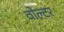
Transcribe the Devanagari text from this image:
वोल्टर